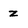
Character: Z